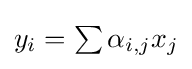
\textstyle y_{i}=\sum \alpha _{i,j}x_{j}